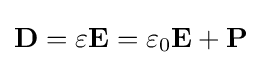
\mathbf {D} =\varepsilon \mathbf {E} =\varepsilon _{0}\mathbf {E} +\mathbf {P}